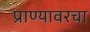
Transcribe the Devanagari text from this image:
प्राण्यावरचा